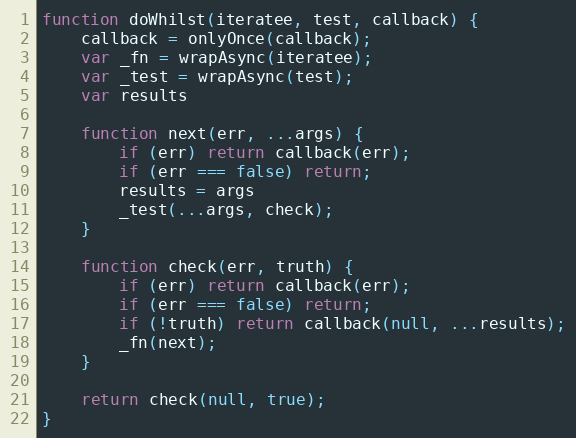
Language: JavaScript
function doWhilst(iteratee, test, callback) {
    callback = onlyOnce(callback);
    var _fn = wrapAsync(iteratee);
    var _test = wrapAsync(test);
    var results

    function next(err, ...args) {
        if (err) return callback(err);
        if (err === false) return;
        results = args
        _test(...args, check);
    }

    function check(err, truth) {
        if (err) return callback(err);
        if (err === false) return;
        if (!truth) return callback(null, ...results);
        _fn(next);
    }

    return check(null, true);
}